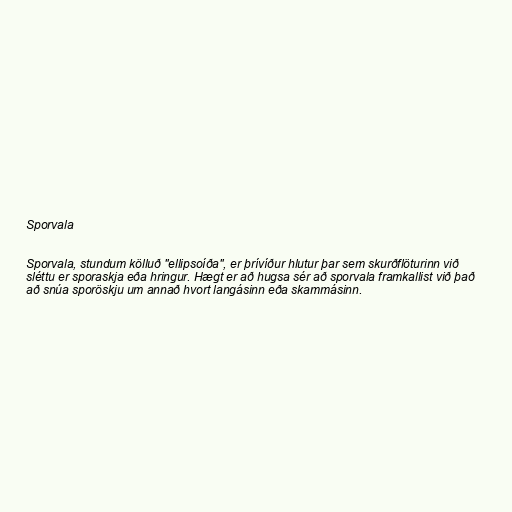
Sporvala

Sporvala, stundum kölluð "ellipsoíða", er þrívíður hlutur þar sem skurðflöturinn við
sléttu er sporaskja eða hringur. Hægt er að hugsa sér að sporvala framkallist við það
að snúa sporöskju um annað hvort langásinn eða skammásinn.